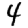
Digit: 4